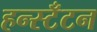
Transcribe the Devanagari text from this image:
हन्स्टँटन